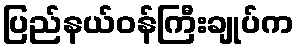
ပြည်နယ်ဝန်ကြီးချုပ်က